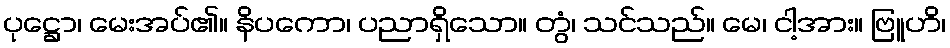
ပုဋ္ဌော၊ မေးအပ်၏။ နိပကော၊ ပညာရှိသော။ တွံ၊ သင်သည်။ မေ၊ ငါ့အား။ ဗြူဟိ၊